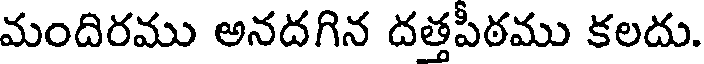
మందిరము అనదగిన దత్తపీఠము కలదు.